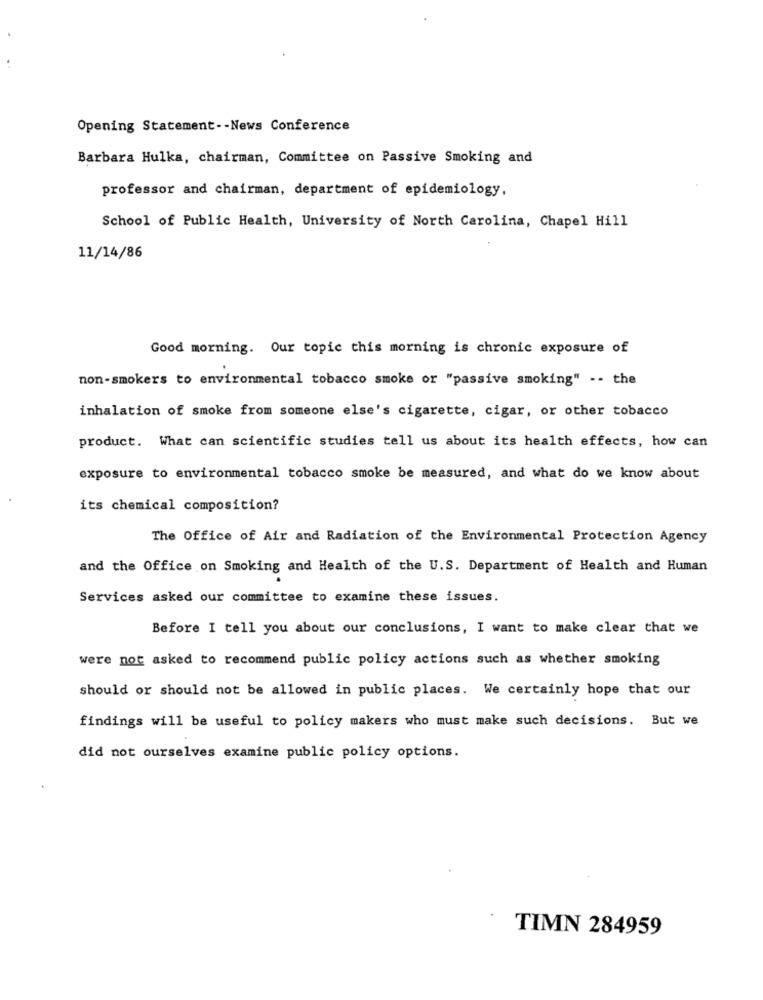
Opening Statement -- News Conference
Barbara Hulka, chairman, Committee on Passive Smoking and
professor and chairman, department of epidemiology,
School of Public Health, University of North Carolina, Chapel Hill
11/14/86
Good morning. Our topic this morning is chronic exposure of
non-smokers to environmental tobacco smoke or "passive smoking" -- the
inhalation of smoke from someone else's cigarette, cigar, or other tobacco
product. What can scientific studies tell us about its health effects, how can
exposure to environmental tobacco smoke be measured, and what do we know about
its chemical composition?
The Office of Air and Radiation of the Environmental Protection Agency
and the Office on Smoking and Health of the U.S. Department of Health and Human
Services asked our committee to examine these issues.
Before I tell you about our conclusions, I want to make clear that we
were not asked to recommend public policy actions such as whether smoking
should or should not be allowed in public places. We certainly hope that our
findings will be useful to policy makers who must make such decisions. But we
did not ourselves examine public policy options.
TIMN 284959